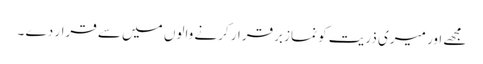
مجھے اور میری ذریت کو نماز برقرار کرنے والوں میں سے قرار دے ۔